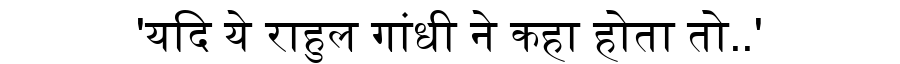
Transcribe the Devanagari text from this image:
'यदि ये राहुल गांधी ने कहा होता तो..'